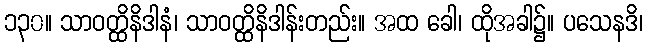
၁၃၀။ သာဝတ္ထိနိဒါနံ၊ သာဝတ္ထိနိဒါန်းတည်း။ အထ ခေါ၊ ထိုအခါ၌။ ပသေနဒိ၊